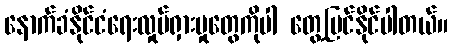
နောက်ခံနိုင်ငံရေးလှုပ်ရှားမှုတွေကိုပါ တွေ့မြင်နိုင်ပါတယ်။